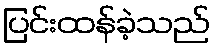
ပြင်းထန်ခဲ့သည်